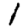
Digit: 1